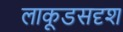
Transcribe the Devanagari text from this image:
लाकूडसदृश